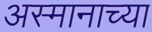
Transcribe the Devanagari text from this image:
अस्मानाच्या